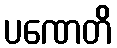
ပဏေတိ